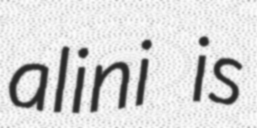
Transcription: alini is